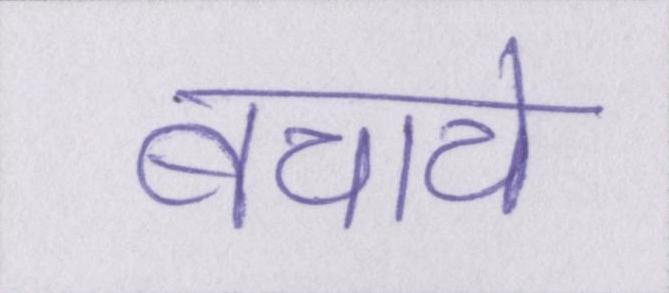
बचाये